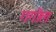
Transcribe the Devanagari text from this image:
गगोल